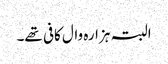
البتہ ہزارہ وال کافی تھے۔